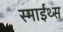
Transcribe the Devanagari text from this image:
स्माईथ्स